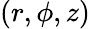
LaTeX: (r,\phi,z)